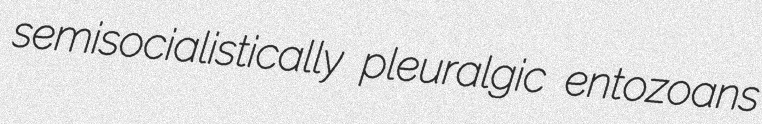
semisocialistically pleuralgic entozoans